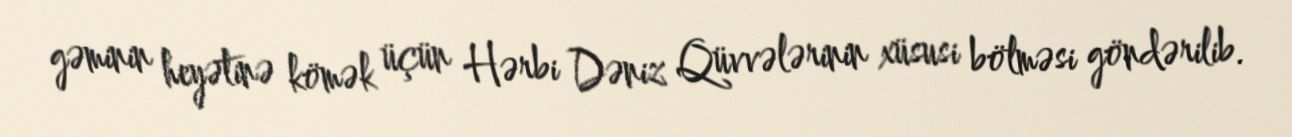
gəminin heyətinə kömək üçün Hərbi Dəniz Qüvvələrinin xüsusi bölməsi göndərilib.